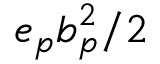
e _ { p } b _ { p } ^ { 2 } / 2